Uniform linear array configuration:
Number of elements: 12
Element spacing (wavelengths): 0.75
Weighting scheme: uniform
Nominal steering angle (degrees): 45
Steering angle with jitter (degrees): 45.006
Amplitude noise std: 0.05
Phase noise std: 0.05

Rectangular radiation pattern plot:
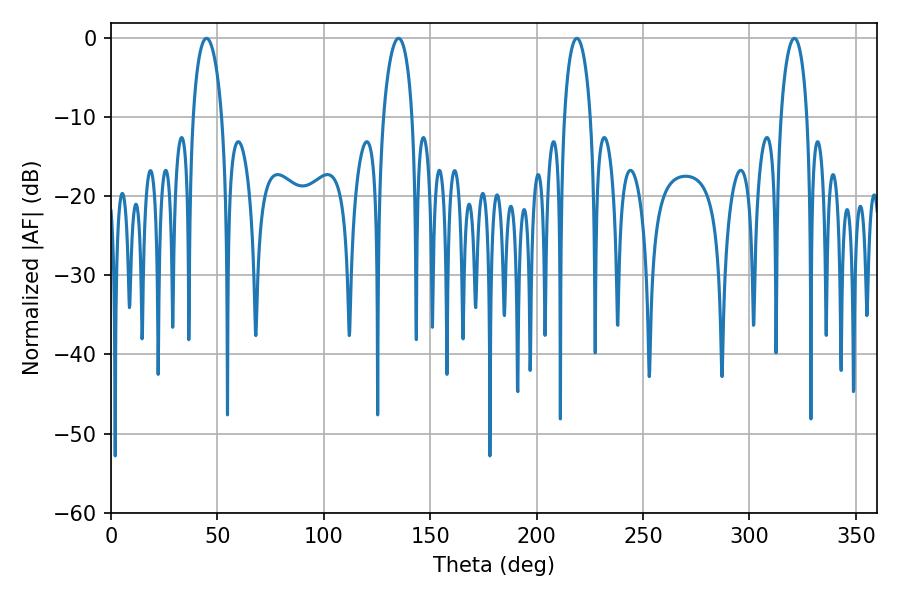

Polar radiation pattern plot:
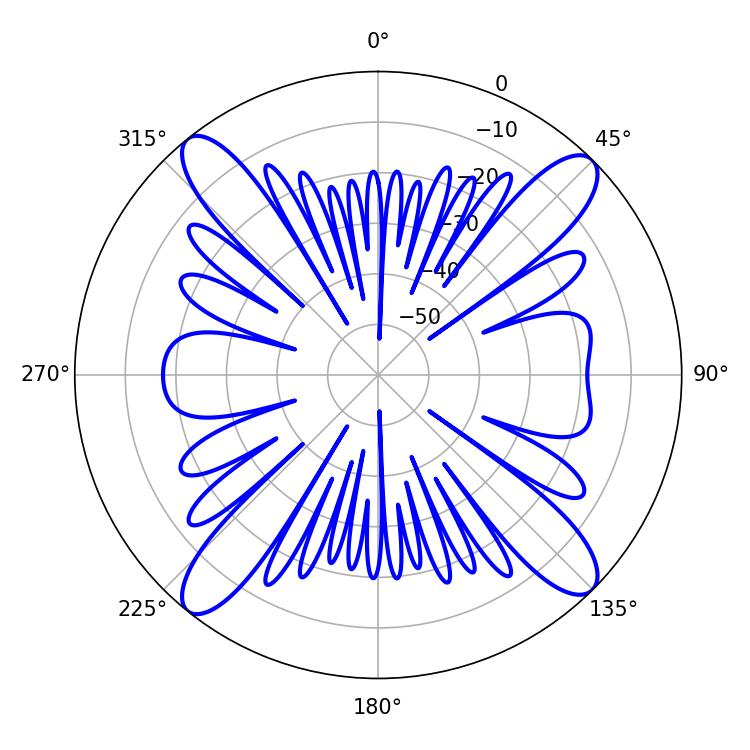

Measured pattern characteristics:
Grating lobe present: TRUE
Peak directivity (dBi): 16.83
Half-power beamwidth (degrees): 7.02
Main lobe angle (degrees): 218.88